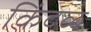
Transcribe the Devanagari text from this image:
किंदळ